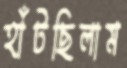
হাঁটছিলাম